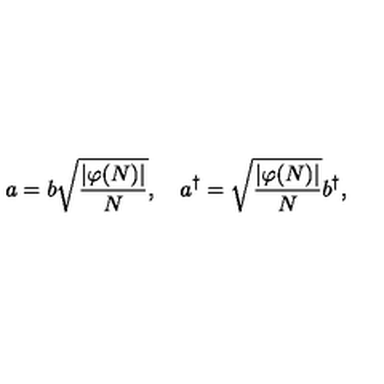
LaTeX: a = b \sqrt { \frac { | \varphi ( N ) | } { N } } , \quad a ^ { \dagger } = \sqrt { \frac { | \varphi ( N ) | } { N } } b ^ { \dagger } ,